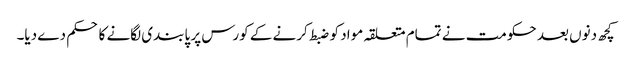
کچھ دنوں بعد حکومت نے تمام متعلقہ مواد کو ضبط کرنے کے کورس پر پابندی لگانے کا حکم دے دیا۔